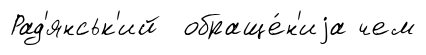
Рад'янськ'ий обраще́н'иjа чем